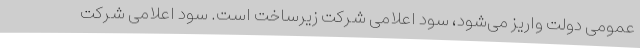
عمومی دولت واریز می‌شود، سود اعلامی شرکت زیرساخت است. سود اعلامی شرکت